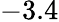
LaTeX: -3.4